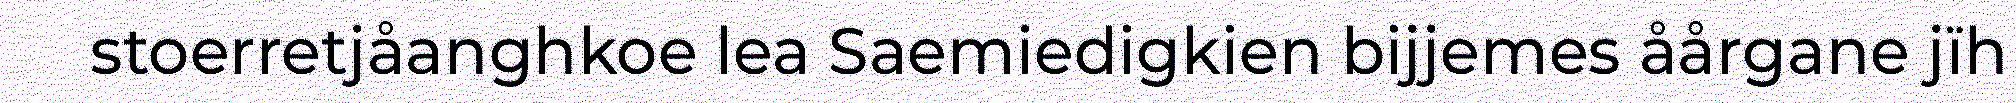
stoerretjåanghkoe lea Saemiedigkien bijjemes åårgane jïh